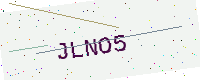
Text: JLNO5